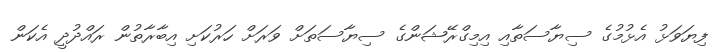
ފިޔަވަޅު އެޅުމުގެ ސިޔާސަތާއި އިމިގްރޭޝަންގެ ސިޔާސަތަށް ވަރަށް ހަރުކަށި އިބާރާތުން ރައްދުދީ އެކަން